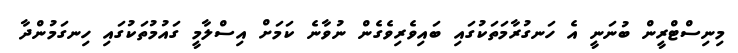
މިނިސްޓްރީން ބުނަނީ އެ ހަނގުރާމަތަކުގައި ބައިވެރިވެގެން ނުވާނެ ކަމަށް އިސްލާމީ ގައުމުތަކުގައި ހިނގަމުންދާ